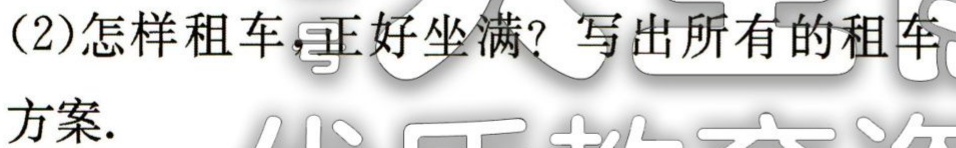
(2)怎样租车，正好坐满？写出所有的租车

方案.